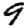
Digit: 9